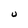
Character: U